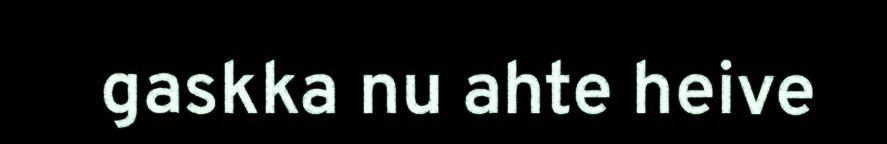
gaskka nu ahte heive